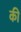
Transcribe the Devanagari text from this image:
की